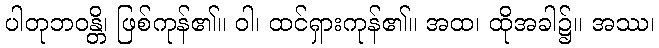
ပါတုဘဝန္တိ၊ ဖြစ်ကုန်၏။ ဝါ၊ ထင်ရှားကုန်၏။ အထ၊ ထိုအခါ၌။ အဿ၊